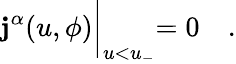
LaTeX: {\mathbf j^{\alpha}}(u,\phi)\biggl|_{u<u_{-}}=0\quad.